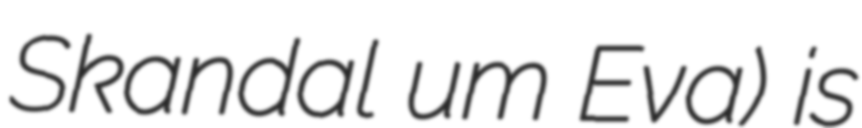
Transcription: Skandal um Eva) is